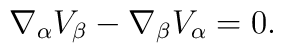
\nabla _{\alpha}V_{\beta}-\nabla _{\beta}V_{\alpha}=0.